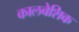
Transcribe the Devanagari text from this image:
कालवेशिक